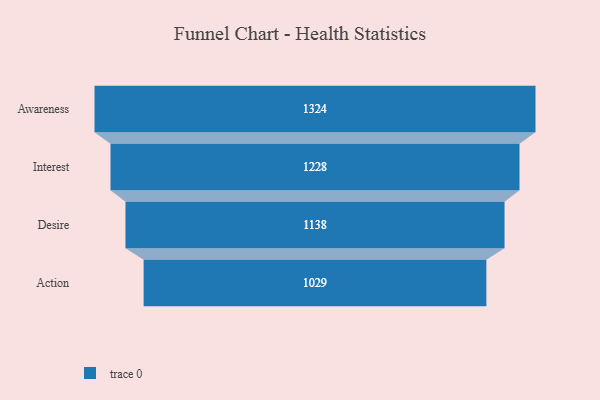
{"axis": {"x": "Stage", "y": "Value"}, "legend": [""], "data": [{"x": "Awareness", "y": 1324.0, "type": ""}, {"x": "Interest", "y": 1228.0, "type": ""}, {"x": "Desire", "y": 1138.0, "type": ""}, {"x": "Action", "y": 1029.0, "type": ""}]}